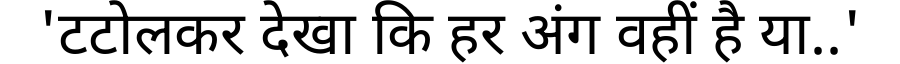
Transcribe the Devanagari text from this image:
'टटोलकर देखा कि हर अंग वहीं है या..'